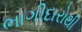
ભાગીદારોથી